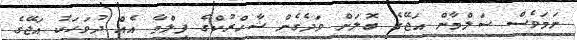
ނަމަވެސް ސަލްމާން އަޖޭގެ ބޮލަށް ވަދެގެން ޝާހްރުކްގެ ފިލްމާ އެއް ދުވަހަކު އަޖޭގެ